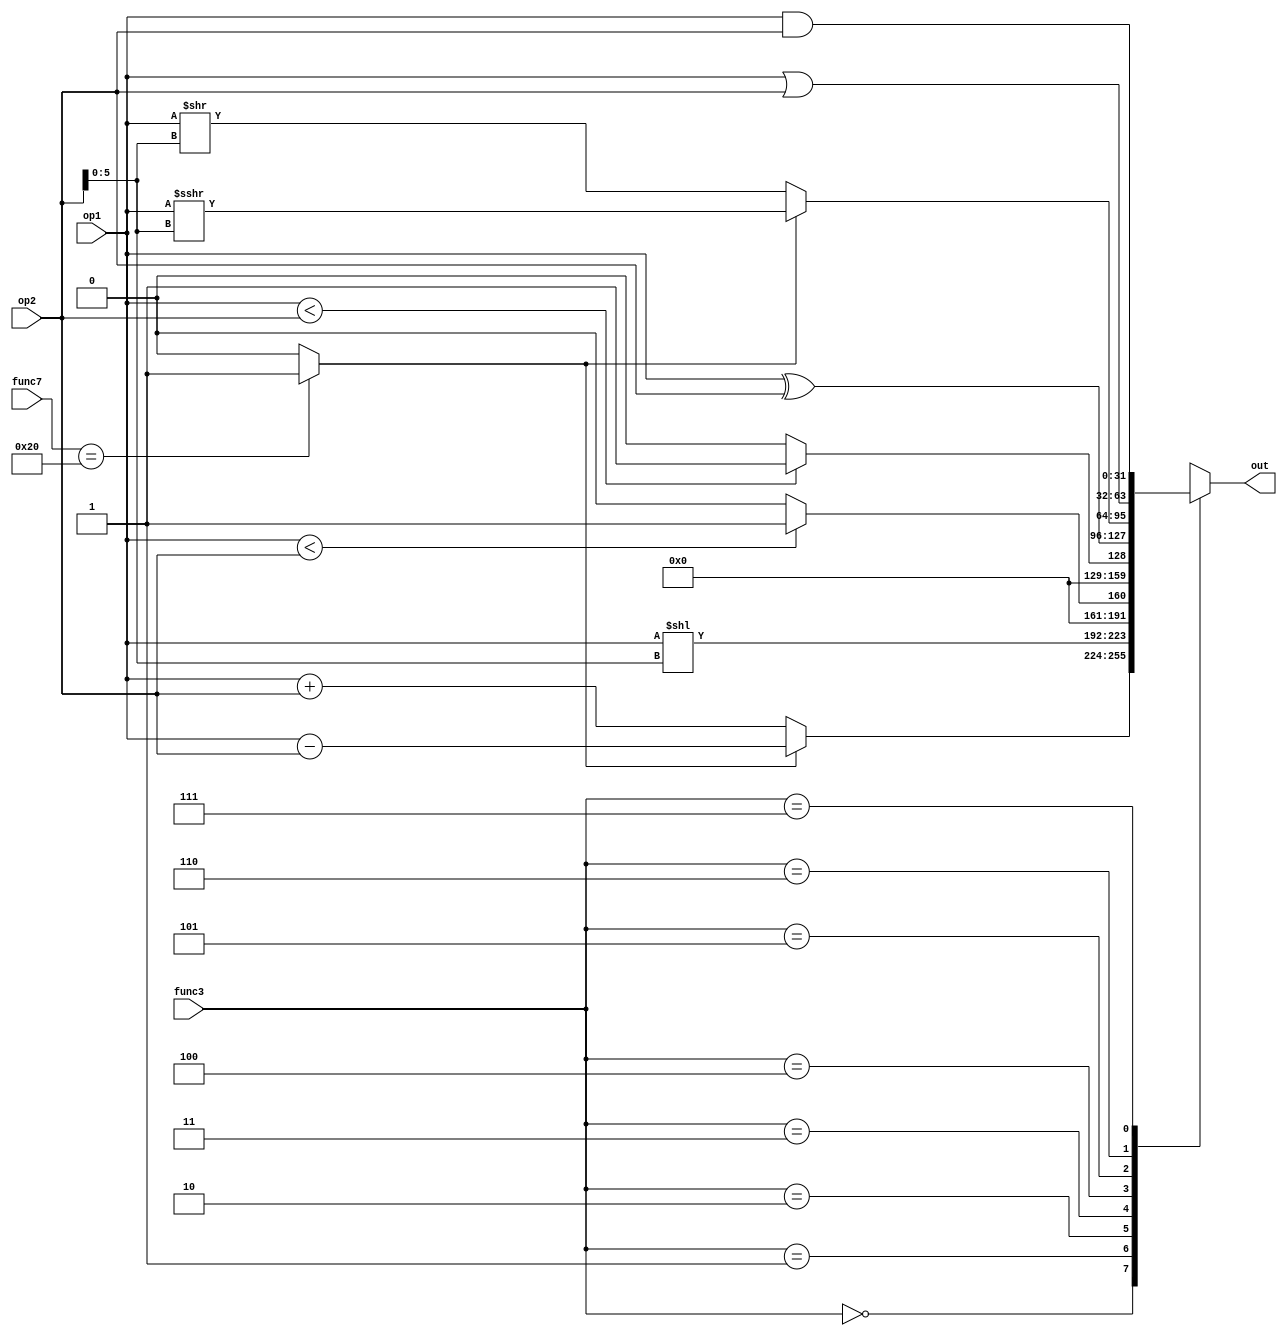
module alu (
    input [31:0] op1,
    input [31:0] op2,
    input [2:0] func3,
    input [6:0] func7,
    output reg [31:0] out
);
    reg [31:0] add_result;
    reg [31:0] sub_result;
    reg [31:0] xor_result;
    reg [31:0] or_result;
    reg [31:0] and_result;
    reg [31:0] shift_left_result;
    reg [31:0] shift_right_result;
    reg [31:0] signed_shift_right_result;
    reg [31:0] signed_compare_result;
    reg [31:0] unsigned_compare_result;
    reg func7_result;
    reg [31:0] addsub_result;
    reg [31:0] srlsra_result;

    always @* begin
        add_result = op1 + op2;
        sub_result = op1 - op2;
        xor_result = op1 ^ op2;
        or_result = op1 | op2;
        and_result = op1 & op2;
        shift_left_result = op1 << (op2[5:0]);
        shift_right_result = op1 >> (op2[5:0]);
        signed_shift_right_result = (op1) >>> (op2[5:0]);
        signed_compare_result = ($signed(op1) < $signed(op2)) ? 1 : 0;
        unsigned_compare_result = (op1 < op2) ? 1 : 0;
        func7_result = (func7 == 7'h20) ? 1 : 0;
        if (func7_result) begin
            addsub_result = sub_result;
            srlsra_result = signed_shift_right_result;
        end
        else begin
            addsub_result = add_result;
            srlsra_result = shift_right_result;
        end
        case (func3)
            3'b000: out = addsub_result;
            3'b001: out = shift_left_result;
            3'b010: out = signed_compare_result;
            3'b011: out = unsigned_compare_result;
            3'b100: out = xor_result;
            3'b101: out = srlsra_result;
            3'b110: out = or_result;
            3'b111: out = and_result;
        endcase
    end

endmodule